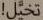
تخيل!